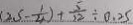
2 5 - \frac { 1 } { 4 } ) + \frac { 5 } { 2 2 } \div 0 . 2 5